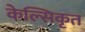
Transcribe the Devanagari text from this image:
केल्सिकृत